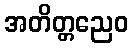
အတိတ္တညေဝ